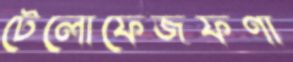
টেলোফেজফণা